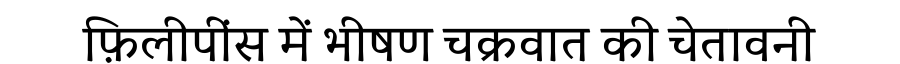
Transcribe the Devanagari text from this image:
फ़िलीपींस में भीषण चक्रवात की चेतावनी